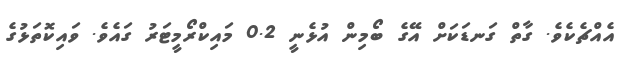
އެއްޗެކެވެ. ގާތް ގަނޑަކަށް އޭގެ ބޯމިން އުޅެނީ 0.2 މައިކްރޯމީޓަރު ގައެވެ. ވައިކޮތަޅުގެ